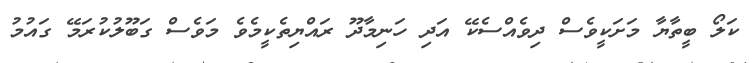
ކަލޯ ބީތާޔާ މަށަކީވެސް ދިވެއްސެކޭ އަދި ހަނިމާދޫ ރައްޔިތެކީމެވެ މަވެސް ގަބޫލުކުރަމޭ ގައުމު